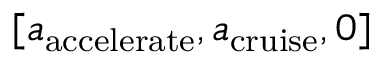
[ { a _ { \mathrm { { a c c e l e r a t e } } } } , { a _ { \mathrm { { c r u i s e } } } } , 0 ]